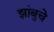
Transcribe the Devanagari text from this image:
झांबुचे